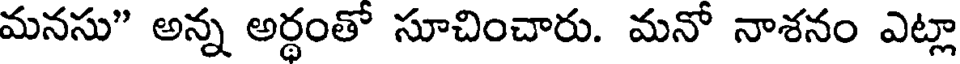
మనసు" అన్న అర్థంతో సూచించారు. మనో నాశనం ఎట్లా